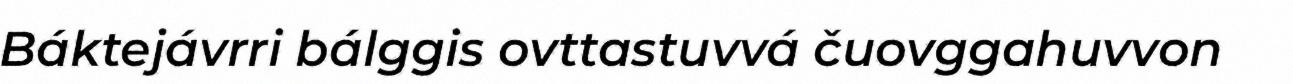
Báktejávrri bálggis ovttastuvvá čuovggahuvvon